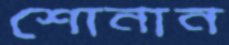
শোনান